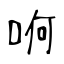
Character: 哬